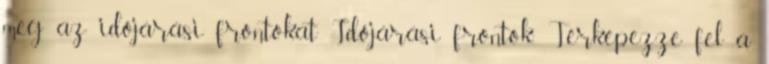
meg az időjárási frontokat Időjárási frontok Térképezze fel a